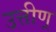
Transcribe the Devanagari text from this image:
उत्तीण्र